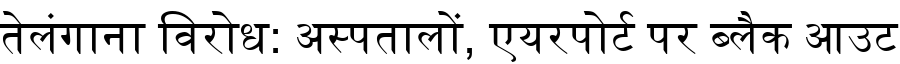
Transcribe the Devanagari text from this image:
तेलंगाना विरोध: अस्पतालों, एयरपोर्ट पर ब्लैक आउट